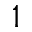
^ 1